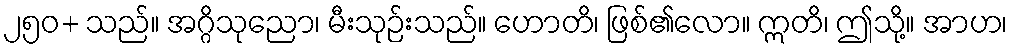
၂၅၀+ သည်။ အဂ္ဂိသုညော၊ မီးသုဉ်းသည်။ ဟောတိ၊ ဖြစ်၏လော။ ဣတိ၊ ဤသို့။ အာဟ၊